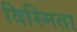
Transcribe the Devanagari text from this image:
विस्मिता